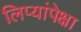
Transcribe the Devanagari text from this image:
लिप्यांपेक्षा